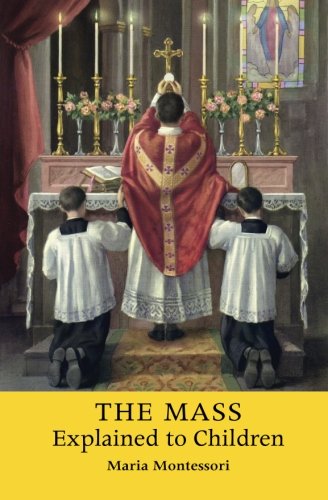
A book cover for The Mass Explained to Children; Maria Montessori; Christian Books & Bibles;